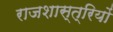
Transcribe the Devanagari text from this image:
राजशास्त्रियों